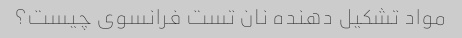
مواد تشکیل دهنده نان تست فرانسوی چیست؟